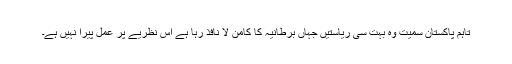
تاہم پاکستان سمیت وہ بہت سی ریاستیں جہاں برطانیہ کا کامن لا نافذ رہا ہے اس نظریے پر عمل پیرا نہیں ہے۔